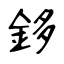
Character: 鉹